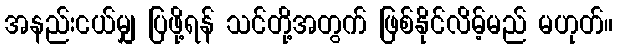
အနည်းငယ်မျှ ပြဖို့ရန် သင်တို့အတွက် ဖြစ်နိုင်လိမ့်မည် မဟုတ်။